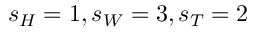
s _ { H } = 1 , s _ { W } = 3 , s _ { T } = 2